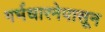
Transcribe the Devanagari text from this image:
गर्भधारनेपासून